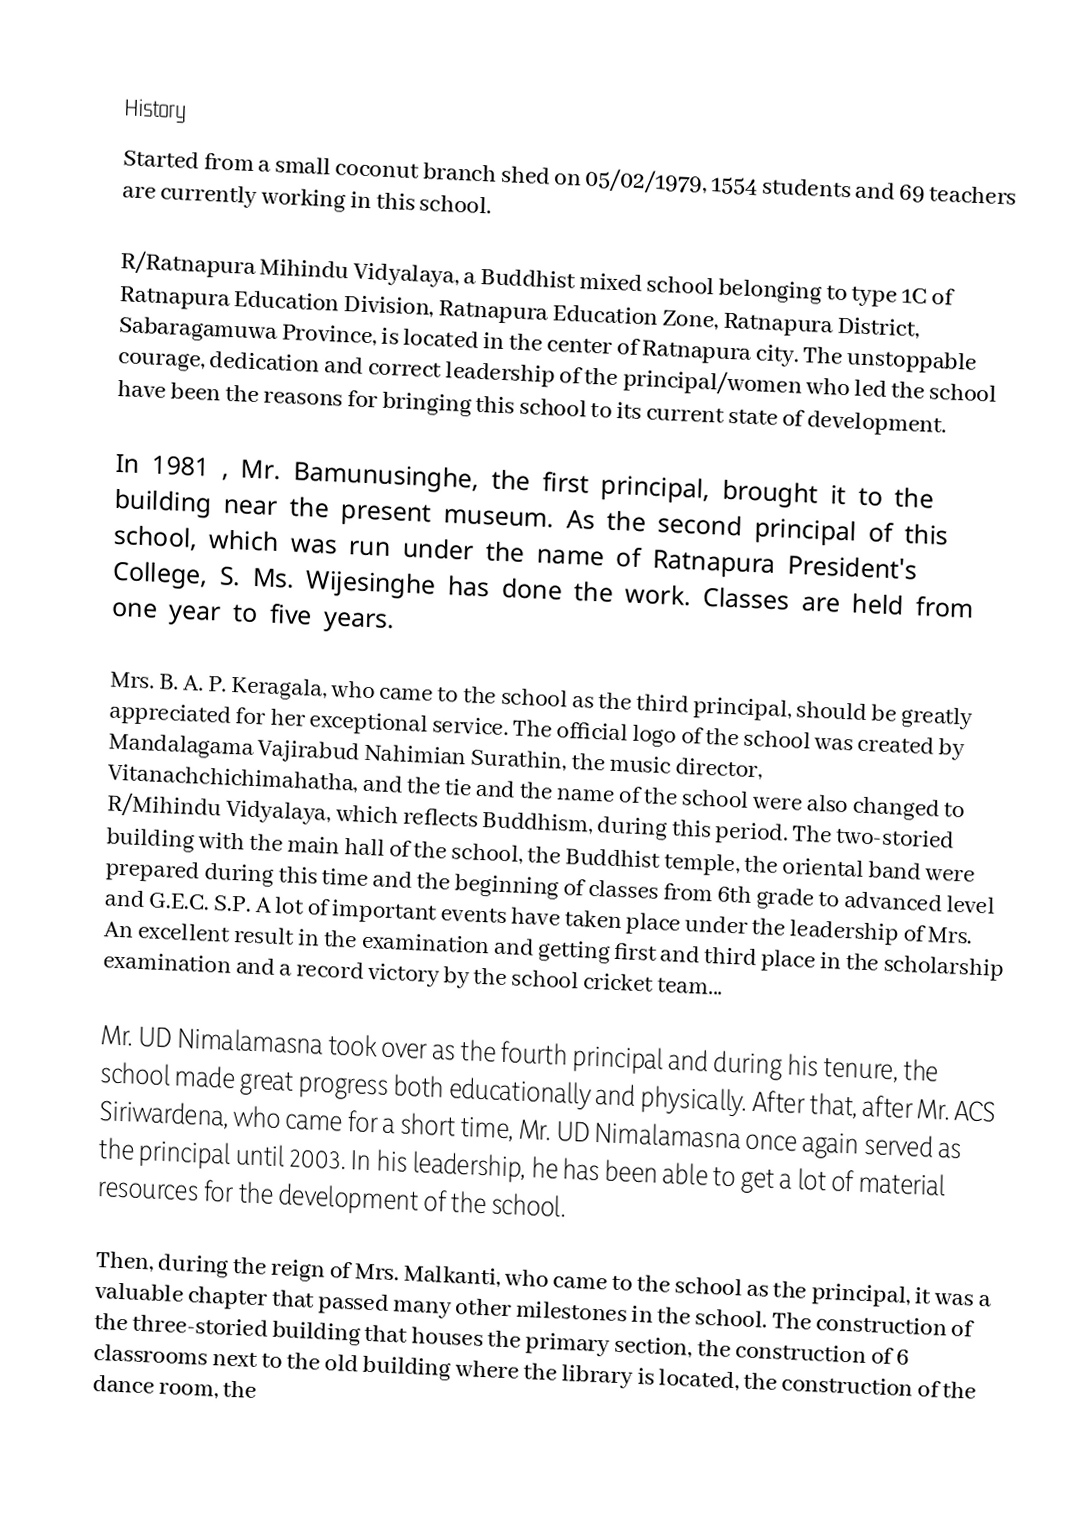

History
Started from a small coconut branch shed on 05/02/1979,  1554 students and 69 teachers are currently working in this school.

R/Ratnapura Mihindu Vidyalaya, a Buddhist mixed school belonging to type 1C of Ratnapura Education Division, Ratnapura Education Zone, Ratnapura District, Sabaragamuwa Province, is located in the center of Ratnapura city. The unstoppable courage, dedication and correct leadership of the principal/women who led the school have been the reasons for bringing this school to its current state of development.

In 1981 , Mr. Bamunusinghe, the first principal, brought it to the building near the present museum. As the second principal of this school, which was run under the name of Ratnapura President's College, S. Ms. Wijesinghe has done the work. Classes are held from one year to five years.

Mrs. B. A. P. Keragala, who came to the school as the third principal, should be greatly appreciated for her exceptional service. The official logo of the school was created by Mandalagama Vajirabud Nahimian Surathin, the music director, Vitanachchichimahatha, and the tie and the name of the school were also changed to R/Mihindu Vidyalaya, which reflects Buddhism, during this period. The two-storied building with the main hall of the school, the Buddhist temple, the oriental band were prepared during this time and the beginning of classes from 6th grade to advanced level and G.E.C. S.P. A lot of important events have taken place under the leadership of Mrs. An excellent result in the examination and getting first and third place in the scholarship examination and a record victory by the school cricket team...

Mr. UD Nimalamasna took over as the fourth principal and during his tenure, the school made great progress both educationally and physically. After that, after Mr. ACS Siriwardena, who came for a short time, Mr. UD Nimalamasna once again served as the principal until 2003. In his leadership, he has been able to get a lot of material resources for the development of the school.

Then, during the reign of Mrs. Malkanti, who came to the school as the principal, it was a valuable chapter that passed many other milestones in the school. The construction of the three-storied building that houses the primary section, the construction of 6 classrooms next to the old building where the library is located, the construction of the dance room, the